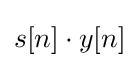
s[n]\cdot y[n]\!